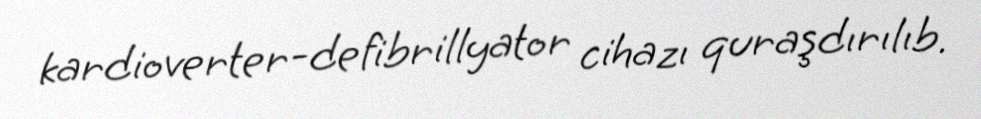
kardioverter-defibrillyator cihazı quraşdırılıb.